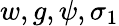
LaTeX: w,g,\psi,\sigma_{1}